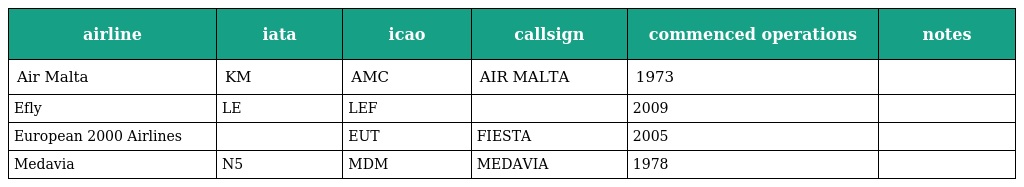
| airline | iata | icao | callsign | commenced operations | notes |
 | --- | --- | --- | --- | --- | --- |
 | Air Malta | KM | AMC | AIR MALTA | 1973 |  |
 | Efly | LE | LEF |  | 2009 |  |
 | European 2000 Airlines |  | EUT | FIESTA | 2005 |  |
 | Medavia | N5 | MDM | MEDAVIA | 1978 |  |